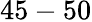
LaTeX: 45-50